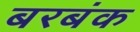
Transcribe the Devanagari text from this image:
बरबंक